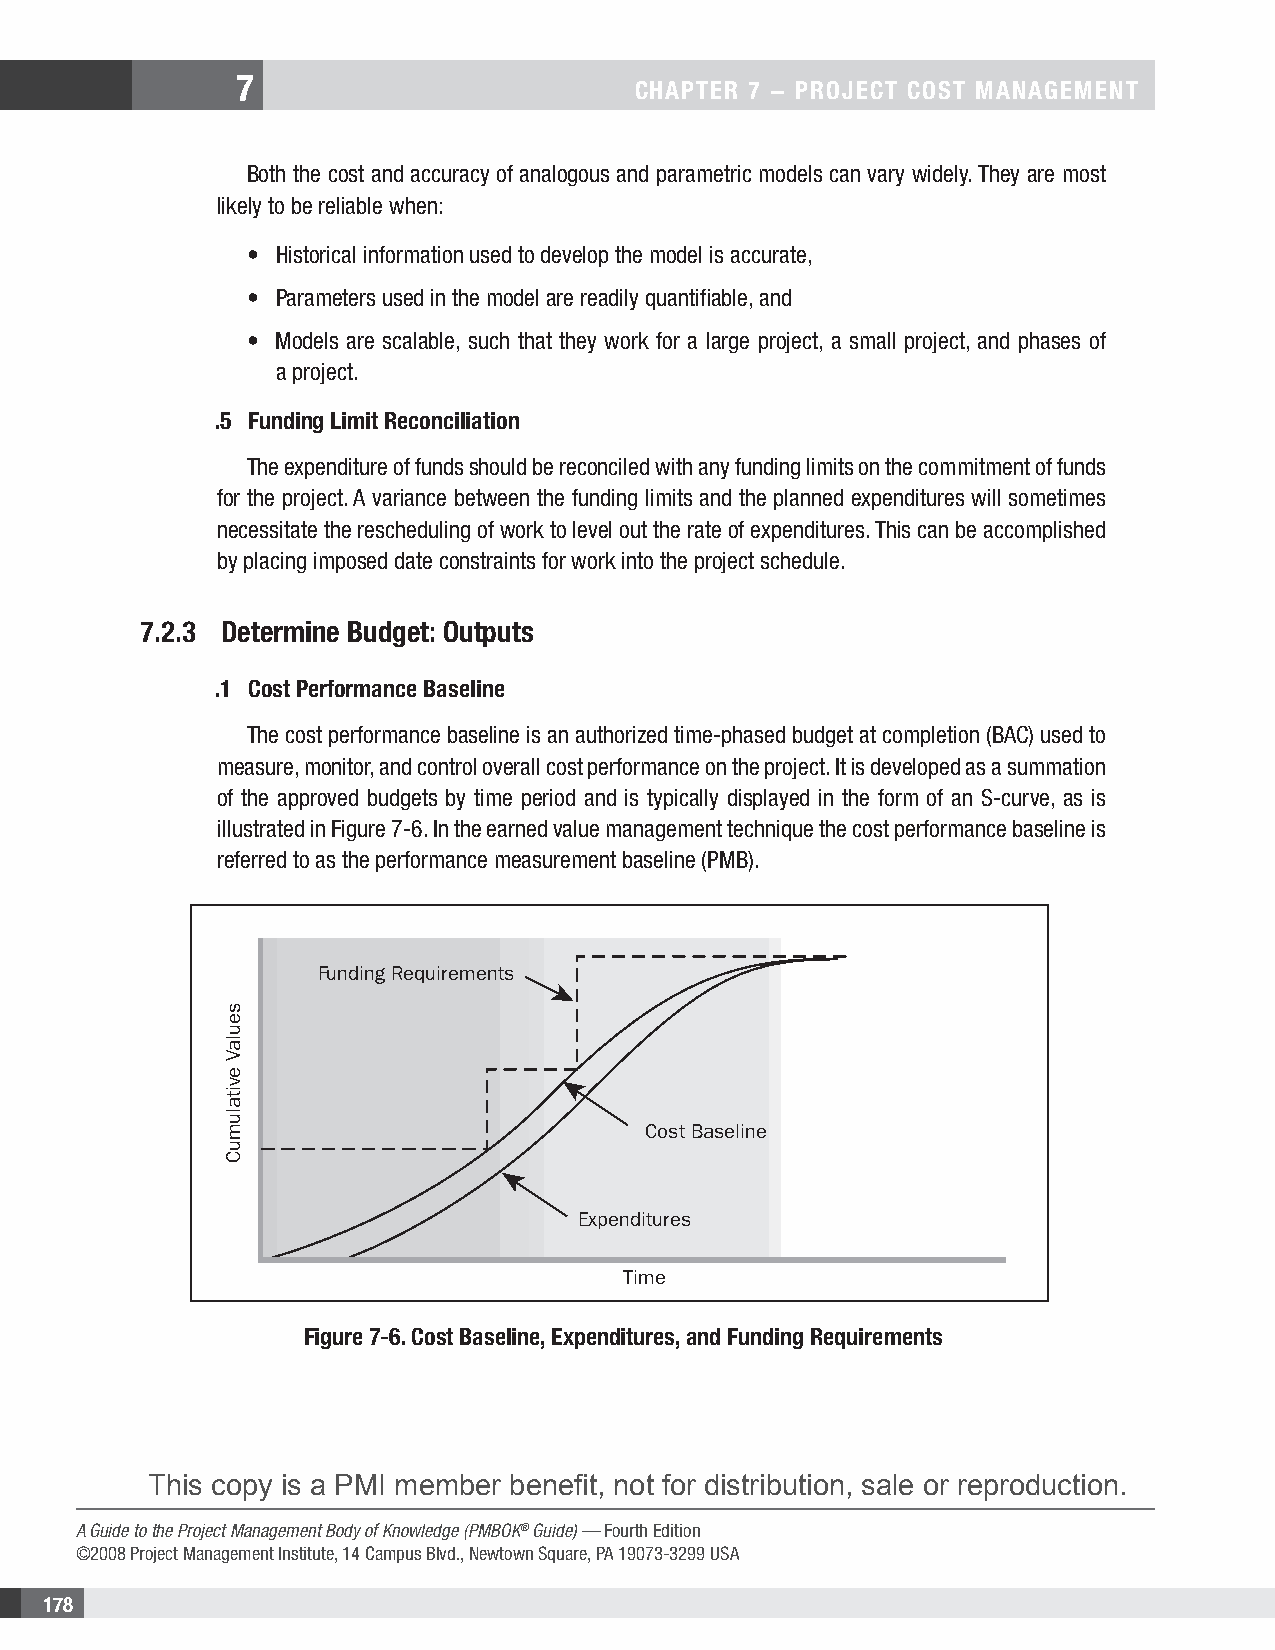
7
 CHAPTER 7 − PROjECT COsT MAnAgEMEnT
 Both the cost and accuracy of analogous and parametric models can vary widely. They are most
 likely to be reliable when:
 • Historical information used to develop the model is accurate,
 • Parameters used in the model are readily quantifiable, and
 • Models are scalable, such that they work for a large project, a small project, and phases of
 a project.
 .5 Funding Limit Reconciliation
 The expenditure of funds should be reconciled with any funding limits on the commitment of funds
 for the project. A variance between the funding limits and the planned expenditures will sometimes
 necessitate the rescheduling of work to level out the rate of expenditures. This can be accomplished
 by placing imposed date constraints for work into the project schedule.
 7.2.3 Determine Budget: Outputs
 .1 Cost Performance Baseline
 The cost performance baseline is an authorized time-phased budget at completion (BAC) used to
 measure, monitor, and control overall cost performance on the project. It is developed as a summation
 of the approved budgets by time period and is typically displayed in the form of an S-curve, as is
 illustrated in Figure 7-6. In the earned value management technique the cost performance baseline is
 referred to as the performance measurement baseline (PMB).
 Funding Requirements
 Cost Baseline
 Expenditures
 Time
 Figure 7-6. Cost Baseline, Expenditures, and Funding Requirements
 This copy is a PMI member benefit, not for distribution, sale or reproduction.
 A Guide to the Project Management Body of Knowledge (PMBOK® Guide) — Fourth Edition
 ©2008 Project Management Institute, 14 Campus Blvd., Newtown Square, PA 19073-3299 USA
 178
 seulaV
 evitalumuC